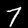
Digit: 7